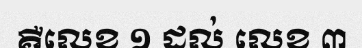
គឺលេខ ១ ដល់ លេខ ៣